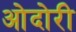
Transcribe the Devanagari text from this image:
ओदोरी